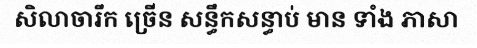
សិលាចារឹក ច្រើន សន្ធឹកសន្ធាប់ មាន ទាំង ភាសា